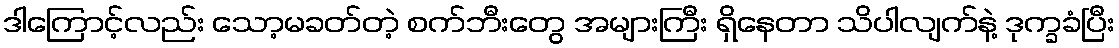
ဒါကြောင့်လည်း သော့မခတ်တဲ့ စက်ဘီးတွေ အများကြီး ရှိနေတာ သိပါလျက်နဲ့ ဒုက္ခခံပြီး